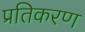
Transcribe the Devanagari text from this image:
प्रतिकरण